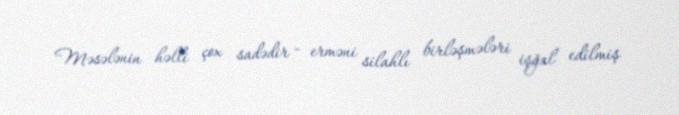
Məsələnin həlli çox sadədir - erməni silahlı birləşmələri işğal edilmiş